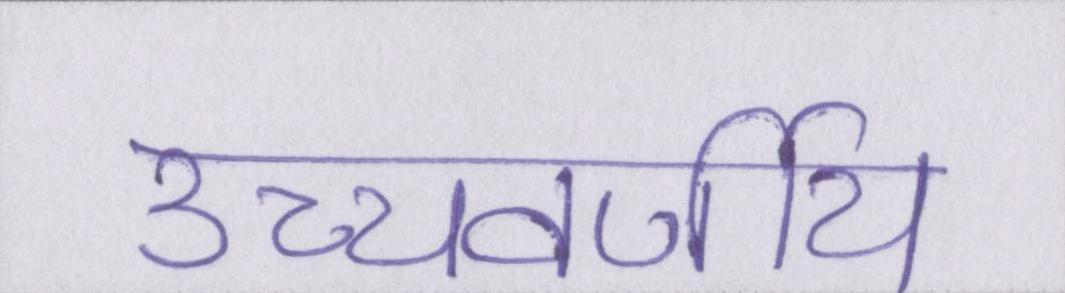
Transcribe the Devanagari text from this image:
उच्चवर्णीय